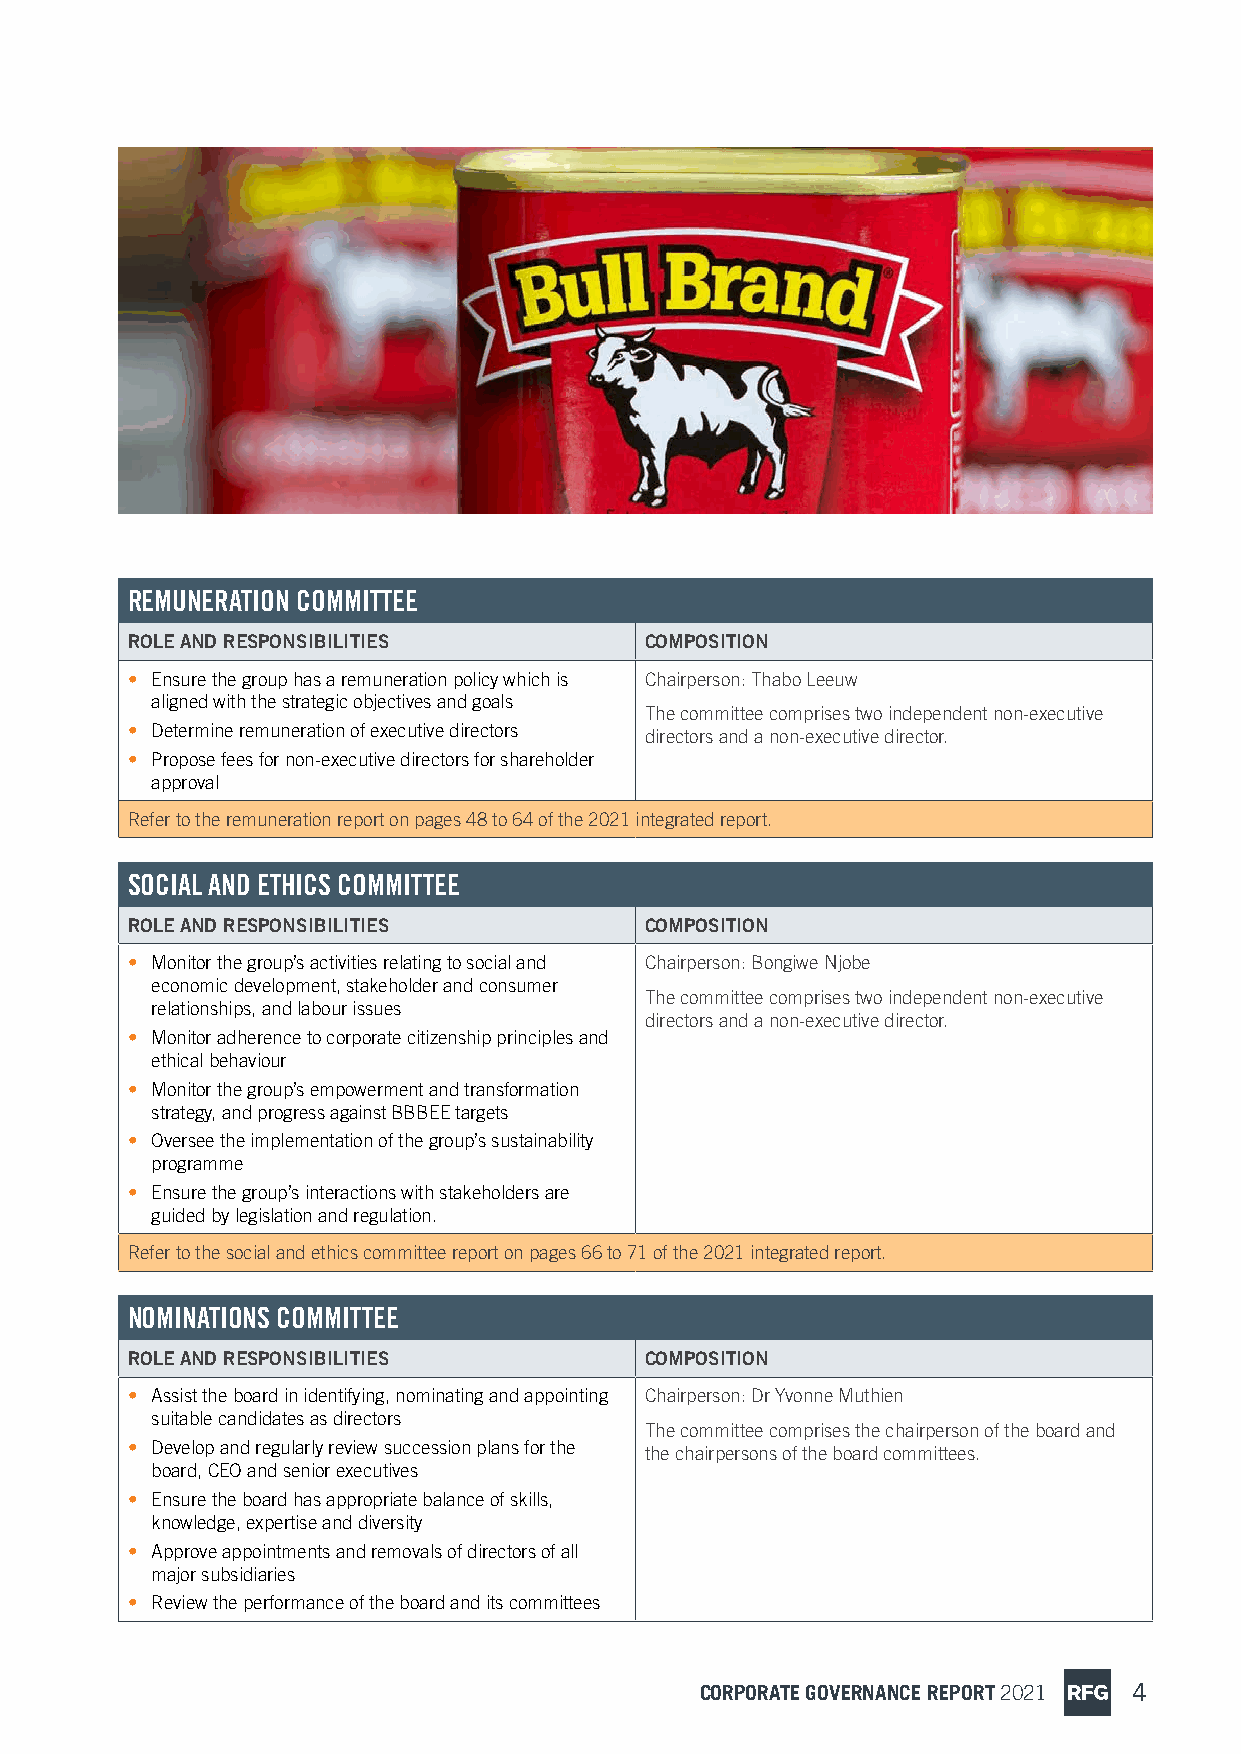
REMUNERATION COMMITTEE
 ROLE AND RESPONSIBILITIES          COMPOSITION
 • Ensure the group has a remuneration policy which is Chairperson: Thabo Leeuw
 aligned with the strategic objectives and goals
 The committee comprises two independent non-executive
 • Determine remuneration of executive directors directors and a non-executive director.
 • Propose fees for non-executive directors for shareholder
 approval
 Refer to the remuneration report on pages 48 to 64 of the 2021 integrated report.
 SOCIAL AND ETHICS COMMITTEE
 ROLE AND RESPONSIBILITIES          COMPOSITION
 • Monitor the group’s activities relating to social and Chairperson: Bongiwe Njobe
 economic development, stakeholder and consumer
 The committee comprises two independent non-executive
 relationships, and labour issues
 directors and a non-executive director.
 • Monitor adherence to corporate citizenship principles and
 ethical behaviour
 • Monitor the group’s empowerment and transformation
 strategy, and progress against BBBEE targets
 • Oversee the implementation of the group’s sustainability
 programme
 • Ensure the group’s interactions with stakeholders are
 guided by legislation and regulation.
 Refer to the social and ethics committee report on pages 66 to 71 of the 2021 integrated report.
 NOMINATIONS COMMITTEE
 ROLE AND RESPONSIBILITIES          COMPOSITION
 • Assist the board in identifying, nominating and appointing Chairperson: Dr Yvonne Muthien
 suitable candidates as directors
 The committee comprises the chairperson of the board and
 • Develop and regularly review succession plans for the the chairpersons of the board committees.
 board, CEO and senior executives
 • Ensure the board has appropriate balance of skills,
 knowledge, expertise and diversity
 • Approve appointments and removals of directors of all
 major subsidiaries
 • Review the performance of the board and its committees
 CORPORATE GOVERNANCE REPORT 2021 4